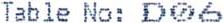
TABLE NO: D06